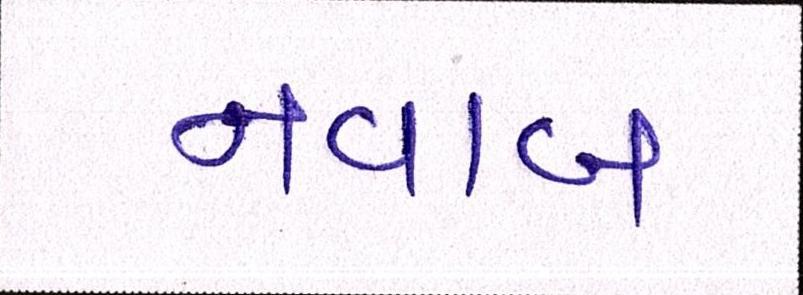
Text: નવાબ